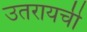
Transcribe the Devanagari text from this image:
उतरायची